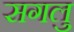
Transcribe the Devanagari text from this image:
सगलु